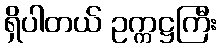
ရှိပါတယ် ဥက္ကဋ္ဌကြီး